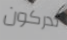
تدركون